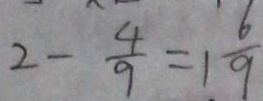
2 - \frac { 4 } { 9 } = 1 \frac { 6 } { 9 }